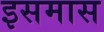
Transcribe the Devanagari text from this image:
इसमास